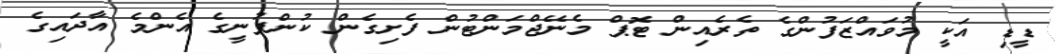
ޑީޑި އަކީ މުވައްޒަފުންގެ ތެރެއިން ޓޮޕް މެނޭޖްމަންޓުން ފެށިގެން ކުންފުނީގެ އެންމެ އާދައިގެ